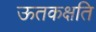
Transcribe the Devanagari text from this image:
ऊतकक्षति